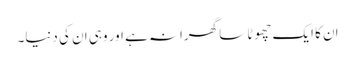
ان کا ایک چھوٹا سا گھرانہ ہے اور وہی ان کی دنیا۔